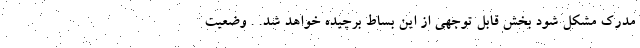
مدرک مشکل شود بخش قابل توجهی از این بساط برچیده خواهد شد. . وضعیت